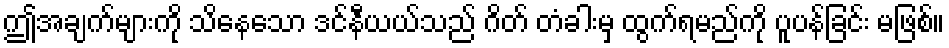
ဤအချက်များကို သိနေသော ဒင်နီယယ်သည် ဂိတ် တံခါးမှ ထွက်ရမည်ကို ပူပန်ခြင်း မဖြစ်။